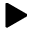
\blacktriangleright